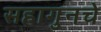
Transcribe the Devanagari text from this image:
सहागुनचे